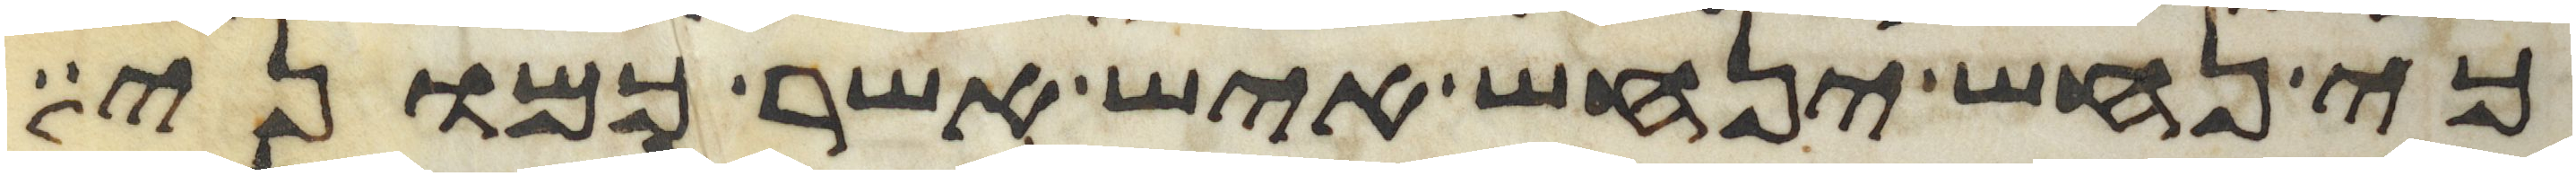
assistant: כי נחש ינחש איש אשר כמוני